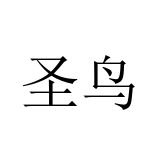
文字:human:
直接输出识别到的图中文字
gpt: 圣鸟